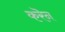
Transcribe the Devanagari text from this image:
करॆन